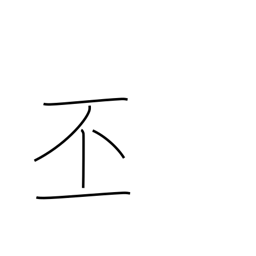
Meaning: grand